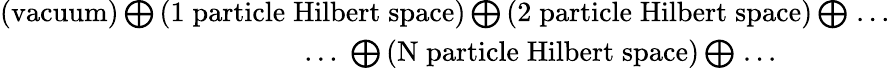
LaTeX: \begin{array}{r}{\left(\mathrm{vacuum}\right)\bigoplus\left(\mathrm{1\; particle\; Hilbert\; space}\right)\bigoplus\left(\mathrm{2\; particle\; Hilbert\; space}\right)\bigoplus\; ...}\\ {...\; \bigoplus\left(\mathrm{N\; particle\; Hilbert\; space}\right)\bigoplus\; ...\qquad\qquad}\end{array}